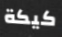
كيكة